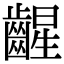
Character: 𫠛